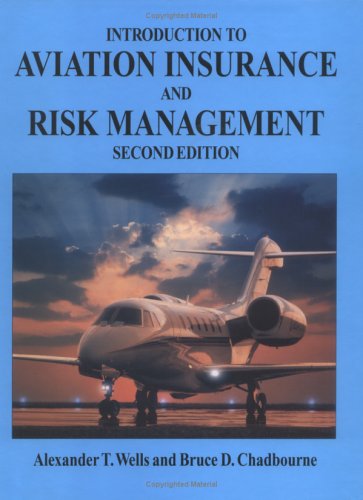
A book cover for Introduction to Aviation Insurance and Risk Management, Second Edition; Alexander T., Ed Wells; Business & Money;